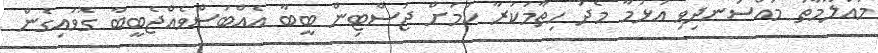
މައުލޫމާތު މުއްސަނދިވި އުޅުމާ މެދު ހިތާމަކުރާ ކަމަށް ޖަސްޓިން ބީބާ އެއްބަސްވެއްޖެބީބާ ގޮވައިގެން